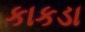
કાકડા